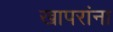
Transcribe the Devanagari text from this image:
खापरांना